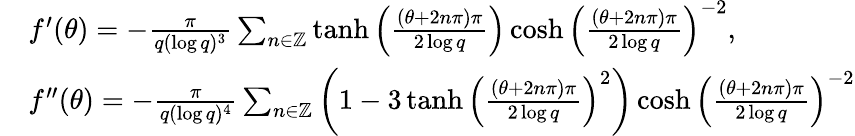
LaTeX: \begin{array}{rl}&{f^{\prime}(\theta)=-\frac{\pi}{q(\log q)^{3}}\sum_{n\in{\mathbb{Z}}}\operatorname{tanh}\left(\frac{(\theta+2n\pi)\pi}{2\log q}\right)\cosh\left(\frac{(\theta+2n\pi)\pi}{2\log q}\right)^{-2},}\\ &{f^{\prime\prime}(\theta)=-\frac{\pi}{q(\log q)^{4}}\sum_{n\in{\mathbb{Z}}}\left(1-3\operatorname{tanh}\left(\frac{(\theta+2n\pi)\pi}{2\log q}\right)^{2}\right)\cosh\left(\frac{(\theta+2n\pi)\pi}{2\log q}\right)^{-2}}\end{array}